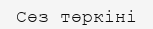
Сөз төркіні